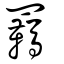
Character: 羈